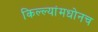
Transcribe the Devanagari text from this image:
किल्ल्यांमधोनच